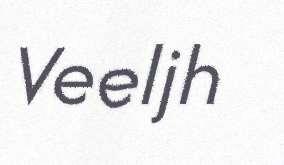
Veeljh